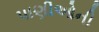
પાણીઓની